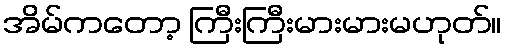
အိမ်ကတော့ ကြီးကြီးမားမားမဟုတ်။